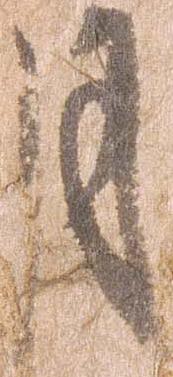
月